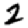
Digit: 2